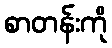
စာတန်းကို